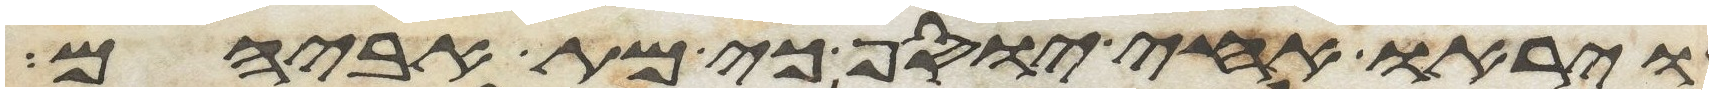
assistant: ויראו אחי יוסף כי מת אביהם